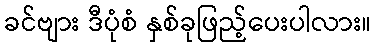
ခင်ဗျား ဒီပုံစံ နှစ်ခုဖြည့်ပေးပါလား။